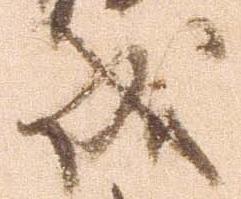
成